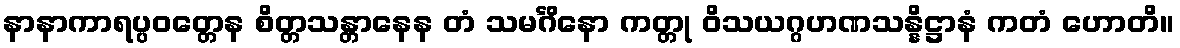
နာနာကာရပ္ပဝတ္တေန စိတ္တသန္တာနေန တံ သမင်္ဂိနော ကတ္တု ဝိသယဂ္ဂဟဏသန္နိဋ္ဌာနံ ကတံ ဟောတိ။